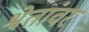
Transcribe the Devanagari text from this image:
श्वेतांवर